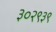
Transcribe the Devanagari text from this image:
३०२९३९